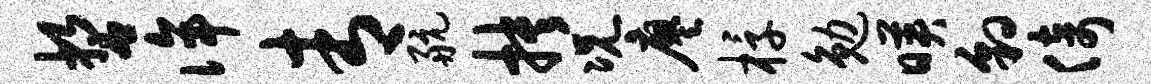
誓侔青航抉况廖椁勉映豹倚